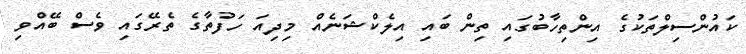
ކައުންސިލްތަކުގެ އިންތިހާބުގައި ތިން ބައި އިލެކްޝަނެއް މިދިއަ ހަފުތާގެ ތެރޭގައި ވެސް ބޭއްވި